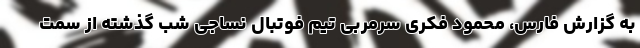
به گزارش فارس، محمود فکری سرمربی تیم فوتبال نساجی شب گذشته از سمت